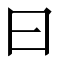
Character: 曰